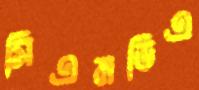
সিএমডিএ